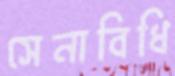
সেনাবিধি